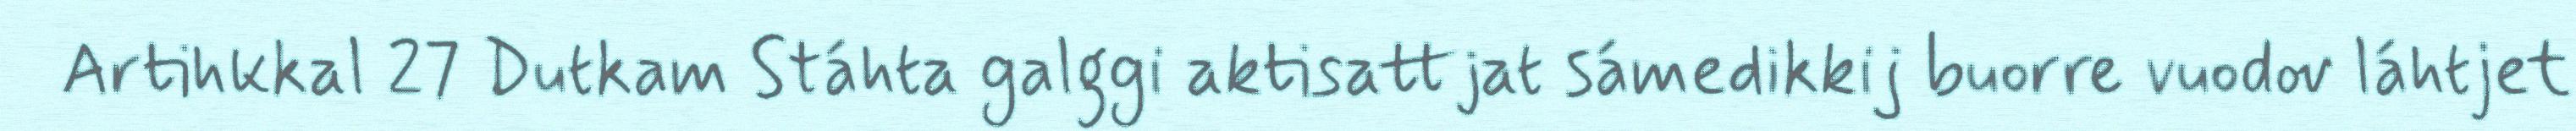
Artihkkal 27 Dutkam Stáhta galggi aktisattjat sámedikkij buorre vuodov láhtjet